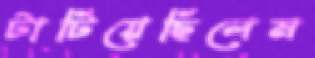
টাটিয়েছিলেম